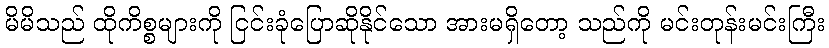
မိမိသည် ထိုကိစ္စများကို ငြင်းခုံပြောဆိုနိုင်သော အားမရှိတော့ သည်ကို မင်းတုန်းမင်းကြီး